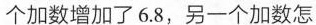
个加数增加了6.8，另一个加数怎